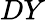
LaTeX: DY